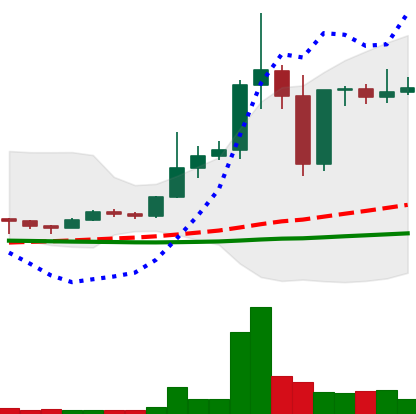
Ticker: DOGE-USD
Chart end date: 2020-12-28
Forward return: 131.163%
Label: up_7plus